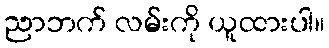
ညာဘက် လမ်းကို ယူထားပါ။